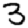
Digit: 3